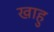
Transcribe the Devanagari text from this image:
खाहु